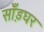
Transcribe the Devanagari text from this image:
साँड़घर